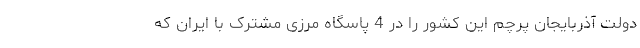
دولت آذربایجان پرچم این کشور را در 4 پاسگاه مرزی مشترک با ایران که